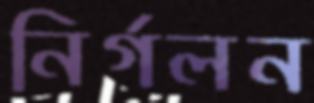
নির্গলন